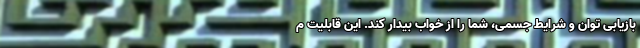
بازیابی توان و شرایط جسمی، شما را از خواب بیدار کند. این قابلیت م